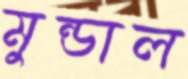
মুন্ডাল